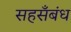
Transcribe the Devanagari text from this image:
सहसँबंध